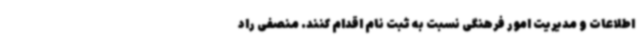
اطلاعات و مدیریت امور فرهنگی نسبت به ثبت نام اقدام کنند. منصفی راد